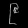
Digit: ၉